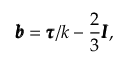
\pmb { b } = \pmb { \tau } / k - \frac { 2 } { 3 } \pmb { I } ,